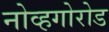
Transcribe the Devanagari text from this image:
नोव्हगोरोड